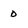
Character: 0